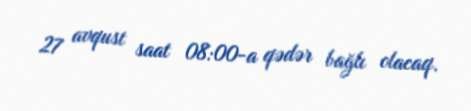
27 avqust saat 08:00-a qədər bağlı olacaq.